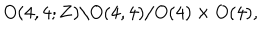
LaTeX: O ( 4 , 4 ; { \bf Z } ) \backslash O ( 4 , 4 ) / O ( 4 ) \times O ( 4 ) ,